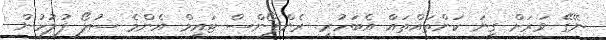
ނޭޭގޭ ވަރަށް ގިނަ ކަންތައްތައް އެބަހުރި. ރެންޕޯންސް ޓައިމް އެންމެ ސުލޯ ފުލުހުން